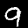
Label: 9